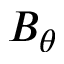
B _ { \theta }